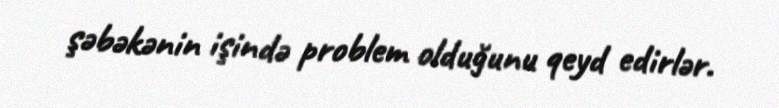
şəbəkənin işində problem olduğunu qeyd edirlər.